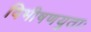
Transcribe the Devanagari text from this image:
विभीषणयुताः